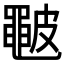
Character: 𥀩